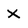
Character: X